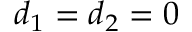
d _ { 1 } = d _ { 2 } = 0